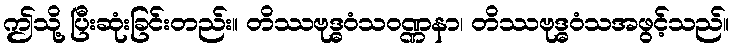
ဤသို့ ပြီးဆုံးခြင်းတည်း။ တိဿဗုဒ္ဓဝံသဝဏ္ဏနာ၊ တိဿဗုဒ္ဓဝံသအဖွင့်သည်။